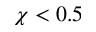
\chi < 0 . 5